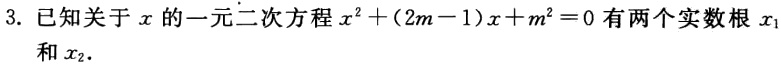
3. 已知关于\(x\)的一元二次方程\(x^{2}+(2m - 1)x + m^{2}=0\)有两个实数根\(x_{1}\)和\(x_{2}\)．